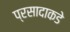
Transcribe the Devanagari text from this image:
प्रसादाकडे